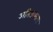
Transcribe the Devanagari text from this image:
अतिऊष्मता